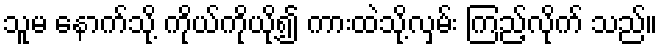
သူမ နောက်သို့ ကိုယ်ကိုယို့၍ ကားထဲသို့လှမ်း ကြည့်လိုက် သည်။